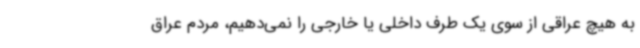
به هیچ عراقی از سوی یک طرف داخلی یا خارجی را نمی‌دهیم، مردم عراق